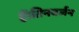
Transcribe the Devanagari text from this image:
हैं।तिनबर्जन